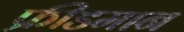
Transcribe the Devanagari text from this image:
फ्रीडमान